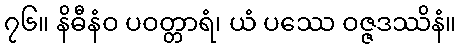
၇၆။ နိဓီနံဝ ပဝတ္တာရံ၊ ယံ ပဿေ ဝဇ္ဇဒဿိနံ။